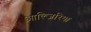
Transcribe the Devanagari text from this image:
आल्जिरिया